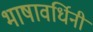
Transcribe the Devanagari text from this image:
भाषावर्धिनी